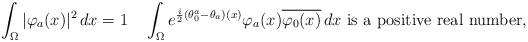
LaTeX: \begin{align*} \int_\Omega |\varphi_a(x)|^2\,dx=1 \quad \int_\Omega e^{\frac i2(\theta_0^a-\theta_a)(x)}\varphi_a(x)\overline{\varphi_0(x)}\,dx\text{ is a positive real number},\end{align*}